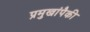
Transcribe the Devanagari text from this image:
प्रमुखांपैकी